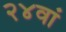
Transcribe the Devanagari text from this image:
२४वां